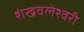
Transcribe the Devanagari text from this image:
शंखवलेश्वरी